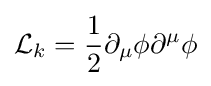
{\mathcal {L}}_{k}={\frac {1}{2}}\partial _{\mu }\phi \partial ^{\mu }\phi